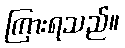
ကြားရသည်။